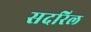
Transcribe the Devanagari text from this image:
सदरिल